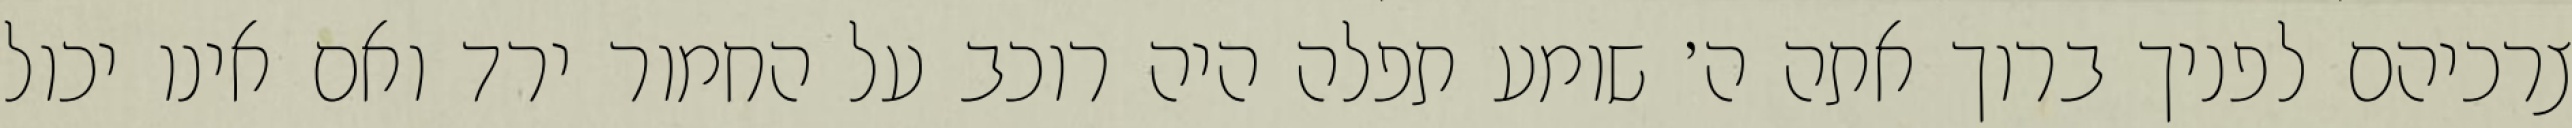
צרכיהם לפניך ברוך אתה ה׳ שומע תפלה היה רוכב על החמור ירד ואם אינו יכול